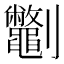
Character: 𫦣